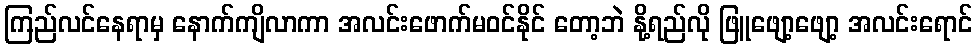
ကြည်လင်နေရာမှ နောက်ကျိလာကာ အလင်းဖောက်မဝင်နိုင် တော့ဘဲ နို့ရည်လို ဖြူဖျော့ဖျော့ အလင်းရောင်